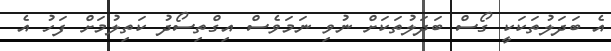
އެ ބަދަލުތަކަކީ ގޯސް ބަދަލުތަކަށް ނުވި ނަމަވެސް އިގްތިސޯދު ކަތިލުމަށް ފަހު އެ